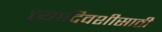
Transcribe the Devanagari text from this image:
त्यादिवशीसाठी